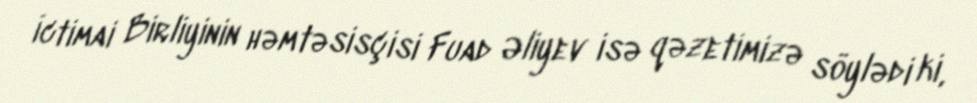
İctimai Birliyinin həmtəsisçisi Fuad Əliyev isə qəzetimizə söylədi ki,